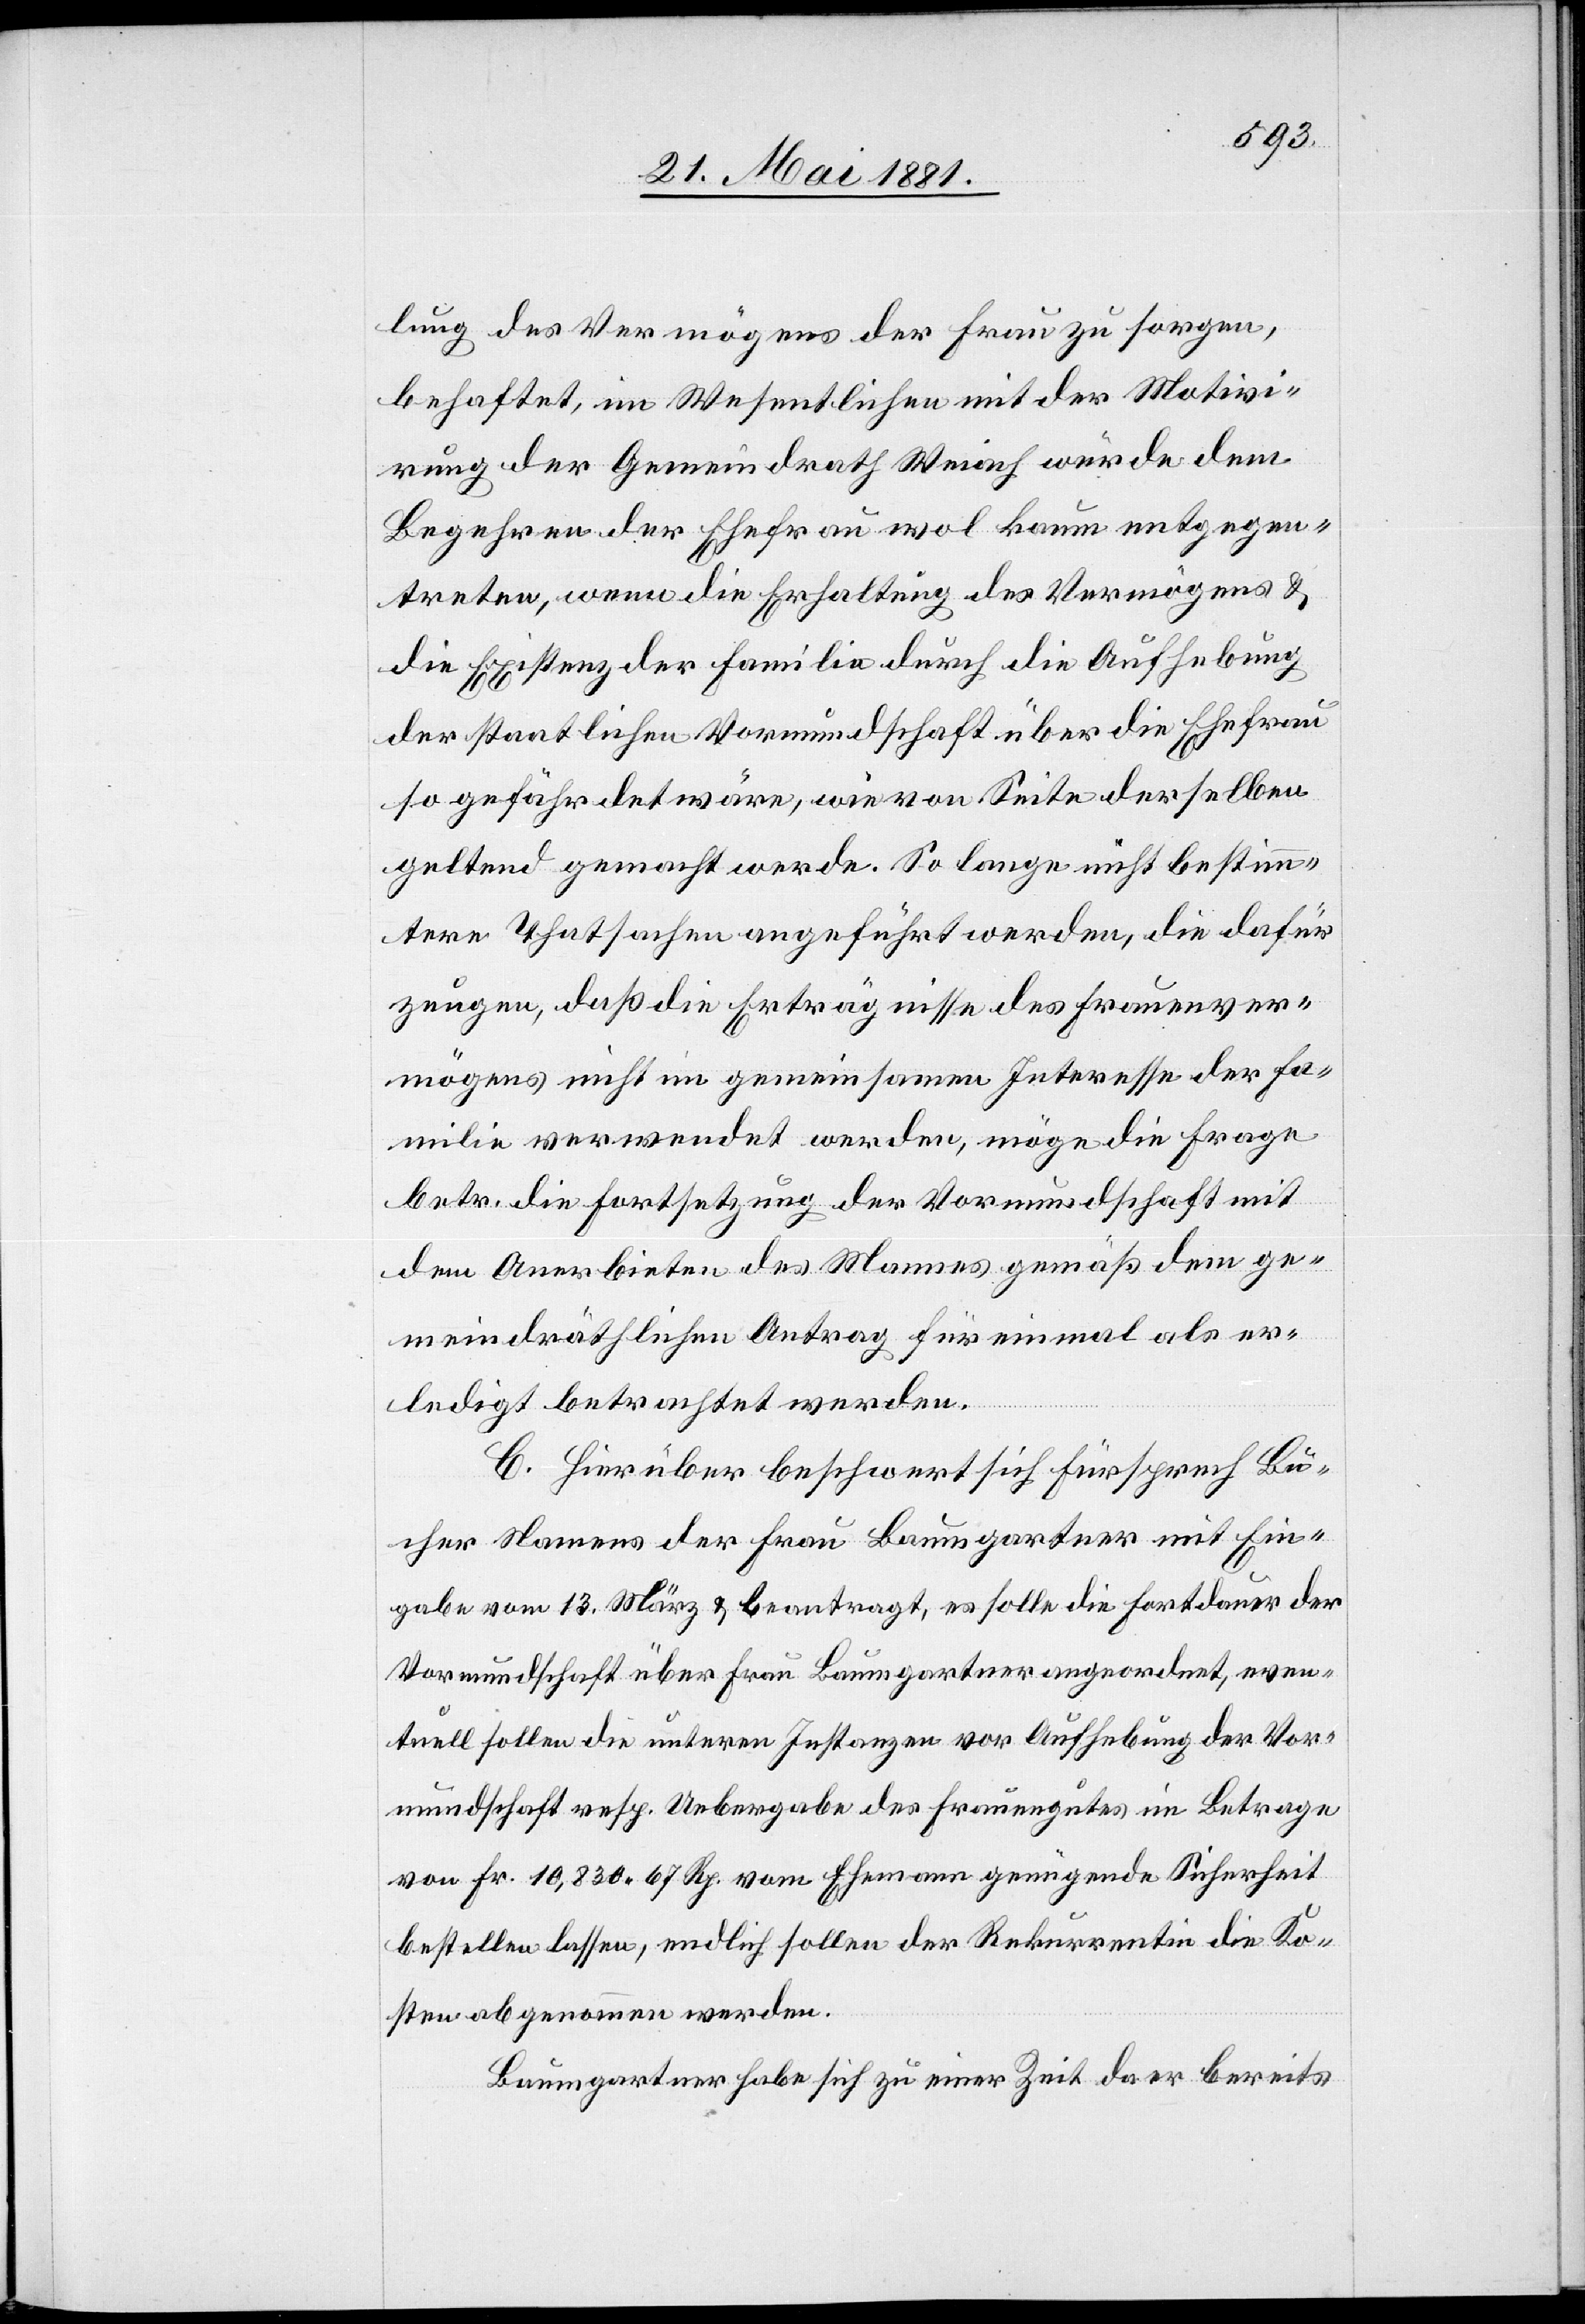
lung des Vermögens der Frau zu sorgen,
behaftet, im Wesentlichen mit der Motivie¬
rung der Gemeindrath Weiach würde dem
Begehren der Ehefrau wol kaum entgegen¬
treten, wenn die Erhaltung des Vermögens &
die Existenz der Familie durch die Aufhebung
der staatlichen Vormundschaft über die Ehefrau
gefährdet wäre, wie von Seite derselben
geltend gemacht werde. So lange nicht bestimm¬
tere Thatsachen angeführt werden, die dafür
zeugen, daß die Erträgnisse des Frauenver¬
mögens nicht im gemeinsamen Interesse der Fa¬
milie verwendet werden, möge die Frage
betr. die Fortsetzung der Vormundschaft mit
dem Anerbieten des Mannes gemäß dem ge¬
meindräthlichen Antrag für einmal als er¬
ledigt beantragt werden.
C. Hierüber beschwert sich Fürsprech Bu¬
cher Namens der Frau Baumgartner mit Ein¬
gabe vom 13. März & beantragt, es solle die Fortdauer der
Vormundschaft über Frau Baumgartner angeordnet, even¬
tuell sollen die unteren Instanzen vor Aufhebung der Vor¬
mundschaft resp. Uebergabe des Frauengutes im Betrage
von Fr. 10,830 67 Rp. vom Ehemann genügende Sicherheit
bestellen lassen, endlich sollen der Rekurrentin die Ko¬
sten abgenommen werden.
Baumgartner habe sich zu einer Zeit da er bereits